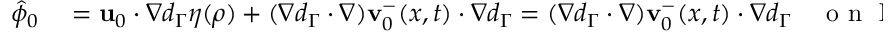
\begin{array} { r l } { \hat { \phi } _ { 0 } } & { { } = \mathbf { u } _ { 0 } \cdot \nabla d _ { \Gamma } \eta ( \rho ) + ( \nabla d _ { \Gamma } \cdot \nabla ) \mathbf { v } _ { 0 } ^ { - } ( x , t ) \cdot \nabla d _ { \Gamma } = ( \nabla d _ { \Gamma } \cdot \nabla ) \mathbf { v } _ { 0 } ^ { - } ( x , t ) \cdot \nabla d _ { \Gamma } \quad \mathrm { ~ o ~ n ~ } \ \Gamma . } \end{array}